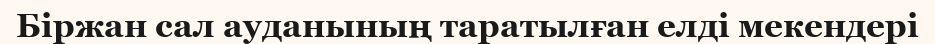
Біржан сал ауданының таратылған елді мекендері